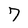
Character: 7